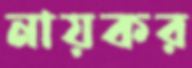
নায়কর